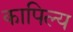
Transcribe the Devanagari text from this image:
कापिल्य